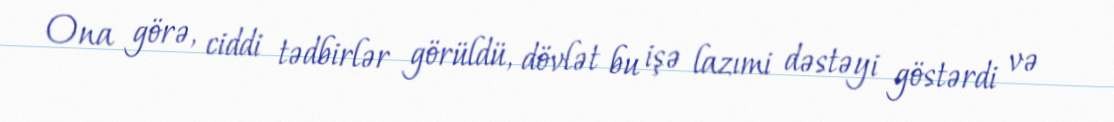
Ona görə, ciddi tədbirlər görüldü, dövlət bu işə lazımi dəstəyi göstərdi və